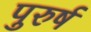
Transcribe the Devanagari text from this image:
पुरुर्ष